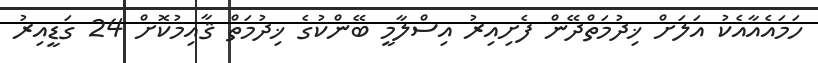
ހަމައެއާއެކު އަލަށް ޚިދުމަތްދޭން ފެށިއިރު އިސްލާމީ ބޭންކުގެ ޚިދުމަތް ޤާއިމުކޮށް 24 ގަޑީއިރު